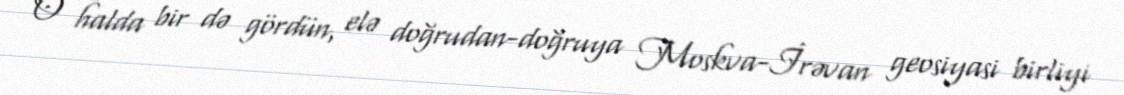
O halda bir də gördün, elə doğrudan-doğruya Moskva-İrəvan geosiyasi birliyi